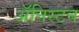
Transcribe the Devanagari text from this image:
अॅनिस्टन